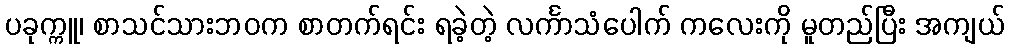
ပခုက္ကူ၊ စာသင်သားဘဝက စာတက်ရင်း ရခဲ့တဲ့ လင်္ကာသံပေါက် ကလေးကို မူတည်ပြီး အကျယ်